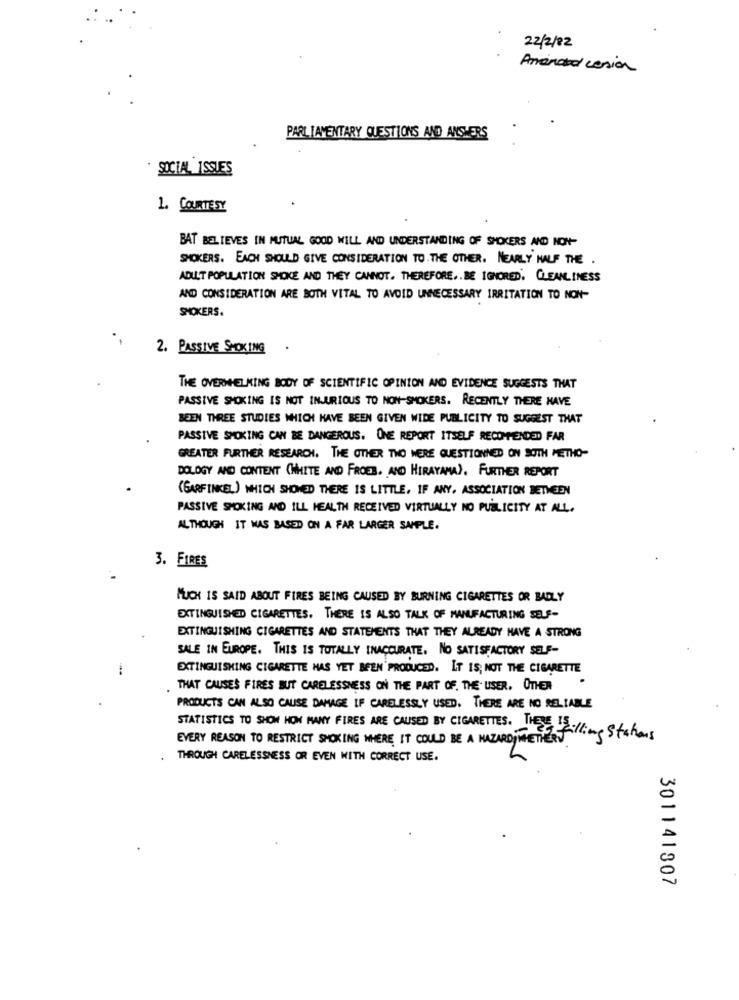
22/2/82
Aminatal cesion
PARLIAMENTARY QUESTIONS AND ANSWERS
SOCIAL ISSUES
1. COURTESY
BAT BELIEVES IN MUTUAL GOOD WILL AND UNDERSTANDING OF SMOKERS AND NON-
SMOKERS. EACH SHOULD GIVE CONSIDERATION TO THE OTHER. NEARLY HALF THE .
ADULT POPULATION SMOKE AND THEY CANNOT. THEREFORE ,. BE IGNORED. CLEANLINESS
AND CONSIDERATION ARE BOTH VITAL TO AVOID UNNECESSARY IRRITATION TO NON-
SMOKERS.
2. PASSIVE SMOKING
THE OVERWHELMING BODY OF SCIENTIFIC OPINION AND EVIDENCE SUGGESTS THAT
PASSIVE SMOKING IS NOT INJURIOUS TO NON-SMOKERS. RECENTLY THERE HAVE
BEEN THREE STUDIES WHICH HAVE BEEN GIVEN WIDE PUBLICITY TO SUGGEST THAT
PASSIVE SMOKING CAN BE DANGEROUS. ONE REPORT ITSELF RECOMMENDED FAR
GREATER FURTHER RESEARCH. THE OTHER THO WERE QUESTIONNED ON SOTH METHO-
DOLOGY AND CONTENT (WHITE AND FROES. AND HIRAYAMA). FURTHER REPORT
(GARFINKEL) WHICH SHOWED THERE IS LITTLE, IF ANY, ASSOCIATION BETWEEN
PASSIVE SMOKING AND I'LL HEALTH RECEIVED VIRTUALLY NO PUBLICITY AT ALL.
ALTHOUGH IT WAS BASED ON A FAR LARGER SAMPLE.
3. FIRES
MUCH IS SAID ABOUT FIRES BEING CAUSED BY BURNING CIGARETTES OR BADLY
EXTINGUISHED CIGARETTES. THERE IS ALSO TALK OF MANUFACTURING SELF-
EXTINGUISHING CIGARETTES AND STATEMENTS THAT THEY ALREADY HAVE A STRONG
SALE IN EUROPE. THIS IS TOTALLY INACCURATE. NO SATISFACTORY SELF-
EXTINGUISHING CIGARETTE HAS YET BEEN PRODUCED. IT IS NOT THE CIGARETTE
.
THAT CAUSES FIRES BUT CARELESSNESS ON THE PART OF. THE. USER. OTHER
PRODUCTS CAN ALSO CAUSE DAMAGE IF CARELESSLY USED. THERE ARE NO RELIABLE
EVERY REASON TO RESTRICT SMOKING WHERE IT COULD BE A HAZARD) WHETHERT
STATISTICS TO SHOW HOW MANY FIRES ARE CAUSED BY CIGARETTES. THE calling Stations
THROUGH CARELESSNESS OR EVEN WITH CORRECT USE.
301141307